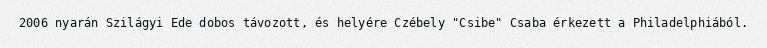
2006 nyarán Szilágyi Ede dobos távozott, és helyére Czébely "Csibe" Csaba érkezett a Philadelphiából.